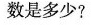
数是多少?